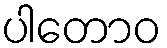
ပါတောဝ